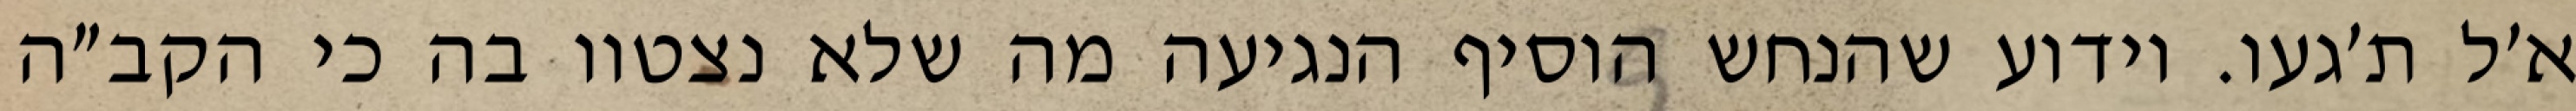
א׳ל ת׳געו. וידוע שהנחש הוסיף הנגיעה מה שלא נצטוו בה כי הקב״ה